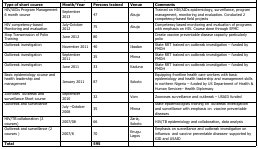
<table><thead><tr><td><b>Type of short course</b></td><td><b>Month/Year</b></td><td><b>Persons trained</b></td><td><b>Venue</b></td><td><b>Comments</b></td></tr></thead><tbody><tr><td>HIV/AIDs Program Management 6 month course</td><td>September 2013</td><td>47</td><td>Abuja</td><td>Trained on HIV/AIDs epidemiology, surveillance, program management, monitoring and evaluation. Conducted 2 competency-based field projects</td></tr><tr><td>HIV competency-based Monitoring and evaluation</td><td>July-October 2012</td><td>75</td><td>Abuja</td><td>Competency based monitoring and evaluation of programs with emphasis on HIV. Course done through EFMC</td></tr><tr><td>Stop Transmission of Polio Training</td><td>June 2012</td><td>80</td><td></td><td>Create vaccine preventable disease capacity particularly polio</td></tr><tr><td>Outbreak investigation</td><td>November 2011</td><td>40</td><td>Ibadan</td><td>State RRT trained on outbreak investigation – funded by FMOH</td></tr><tr><td>Outbreak investigation</td><td>September 2011</td><td>35</td><td>Minna</td><td>State RRT trained on outbreak investigation – funded by FMOH</td></tr><tr><td>Outbreak investigation</td><td>June 2011</td><td>33</td><td>Kaduna</td><td>State RRT trained on outbreak investigation – funded by FMOH</td></tr><tr><td>Basic epidemiology course and health leadership and management</td><td>January 2011</td><td>87</td><td>Sokoto</td><td>Equipping frontline health care workers with basic epidemiology and health leadership and management skills in northern Nigeria – funded by US Department of Health &amp; Human Services– Health Diplomacy</td></tr><tr><td>Zoonoses outbreak and surveillance Short course</td><td>September 2010</td><td>32</td><td>Vom</td><td>Zoonoses surveillance and outbreak – USAID funded</td></tr><tr><td>Outbreak and surveillance</td><td>July –October 2008</td><td>35</td><td>Minna</td><td>State epidemiologists training on outbreak investigation and surveillance with emphasis on vaccine preventable diseases</td></tr><tr><td>HIV/TB collaboration (2 courses)</td><td>2007/08</td><td>66</td><td>Zaria, Sokoto</td><td>HIV/TB epidemiology and collaboration, data analysis</td></tr><tr><td>Outbreak and surveillance (2 courses)</td><td>2007/8</td><td>70</td><td>Enugu Lagos</td><td>Emphasis on surveillance and outbreak investigation on influenza and vaccine preventable diseases-supported by GID and USAID</td></tr><tr><td><b>Total</b></td><td></td><td><b>595</b></td><td></td><td></td></tr></tbody></table>